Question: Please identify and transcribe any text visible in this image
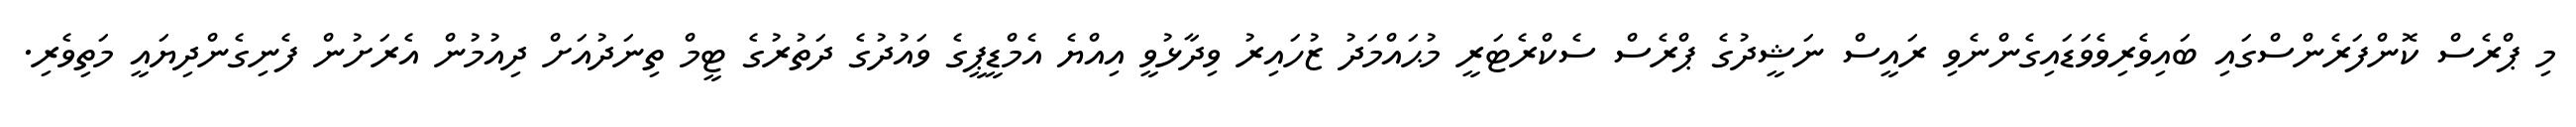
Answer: މި ޕްރެސް ކޮންފަރެންސްގައި ބައިވެރިވެވަޑައިގެންނެވި ރައީސް ނަޝީދުގެ ޕްރެސް ސެކްރެޓަރީ މުޙައްމަދު ޒުހައިރު ވިދާޅުވީ އިއްޔެ އެމްޑީޕީގެ ވައުދުގެ ދަތުރުގެ ޓީމް ތިނަދުއަށް ދިއުމުން އެރަށުން ފެނިގެންދިޔައީ މަތިވެރި.